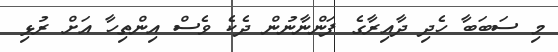
މި ސަބަބާ ހެދި ދާއިރާގެ ފަންނާނުން ދެކެ ވެސް އިންތިހާ އަށް ރުޅި